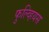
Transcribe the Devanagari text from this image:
फुल्व्हियस